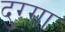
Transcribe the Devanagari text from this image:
दुग्गा